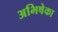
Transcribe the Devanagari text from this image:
अभिषेका